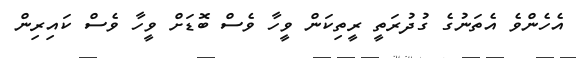
އެހެންވެ އެތަނުގެ ގުދުރަތީ ރީތިކަން ވީހާ ވެސް ބޮޑަށް ވީހާ ވެސް ކައިރިން